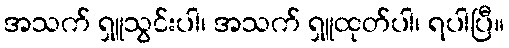
အသက် ရှူသွင်းပါ၊ အသက် ရှူထုတ်ပါ၊ ရပါပြီ။